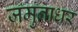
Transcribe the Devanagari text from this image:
जमुनाधर